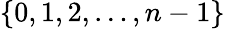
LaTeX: \{ 0,1,2,\dots,n-1\}